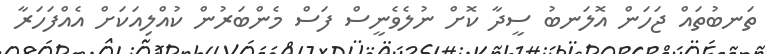
ތަނބުތައް ޖަހަން އޮލަނބު ސީދާ ކޮށް ނުލެވެނީސް ފަސް މެންބަރުން ކުއްލިއަކަށް އެއްފަހަރާ